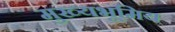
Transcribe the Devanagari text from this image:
मुख्यभूमिय